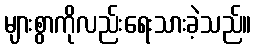
များစွာကိုလည်းရေးသားခဲ့သည်။